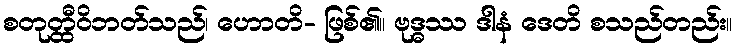
စတုတ္ထီဝိဘတ်သည်၊ ဟောတိ- ဖြစ်၏။ ဗုဒ္ဓဿ ဒါနံ ဒေတိ စသည်တည်း။